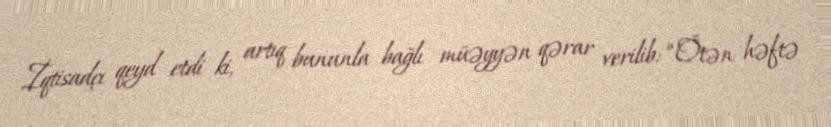
İqtisadçı qeyd etdi ki, artıq bununla bağlı müəyyən qərar verilib: “Ötən həftə